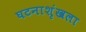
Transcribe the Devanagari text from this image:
घटनाशृंखला